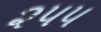
૨૫૫